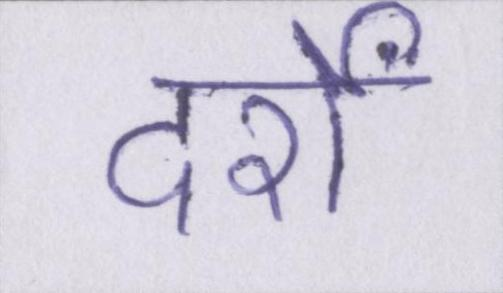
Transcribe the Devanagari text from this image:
दर्रों